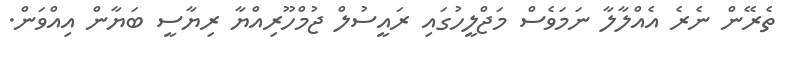
ތެރޭން ނެރެ އެއްލާލާ ނަމަވެސް މަޖްލީހުގައި ރައީސުލް ޖުމްހޫރިއްޔާ ރިޔާސީ ބަޔާން އިއްވަން.